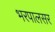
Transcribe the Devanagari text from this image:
भरपालसर